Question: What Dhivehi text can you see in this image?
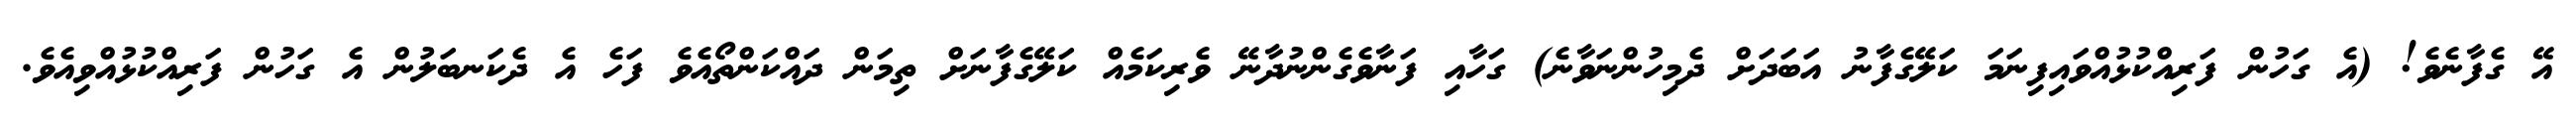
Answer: އޭ ގެފާނެވެ! (އެ ގަހުން ފަރިއްކުޅުއްވައިފިނަމަ ކަލޭގެފާނު އަބަދަށް ދެމިހުންނަވާނެ) ގަހާއި ފަނާވެގެންނުދާނޭ ވެރިކަމެއް ކަލޭގެފާނަށް ތިމަން ދައްކަންތޯއެވެ ފަހެ އެ ދެކަނބަލުން އެ ގަހުން ފަރިއްކުޅުއްވިއެވެ.